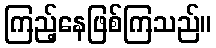
ကြည့်နေဖြစ်ကြသည်။